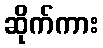
ဆိုက်ကား